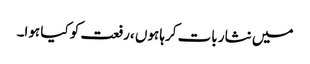
میں نثار بات کرہا ہوں ،رفعت کو کیا ہوا۔